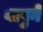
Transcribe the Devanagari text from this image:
बापुने